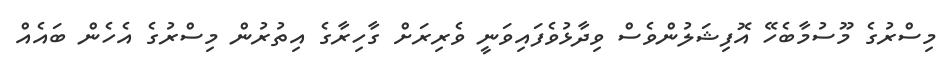
މިސްރުގެ މޫސުމާބެހޭ އޮފިޝަލުންވެސް ވިދާޅުވެފައިވަނީ ވެރިރަށް ގާހިރާގެ އިތުރުން މިސްރުގެ އެހެން ބައެއް